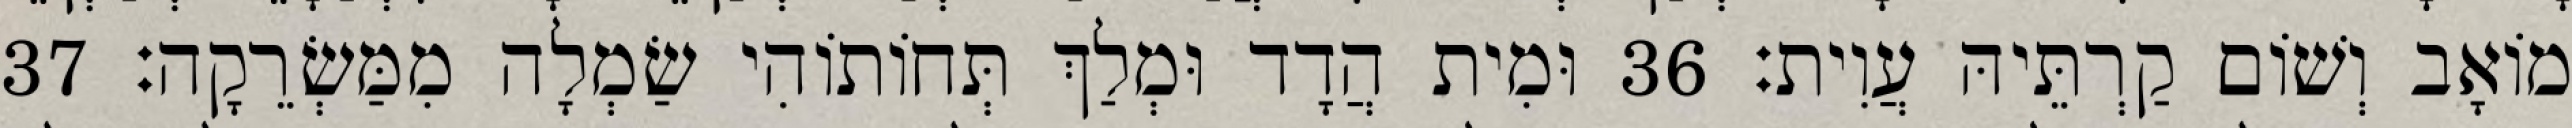
מוֹאָב וְשׁוֹם קַרְתֵּיהּ עֲוִית׃ 36 וּמִית הֲדָד וּמְלַךְ תְּחוֹתוֹהִי שַׂמְלָה מִמַּשְׂרֵקָה׃ 37